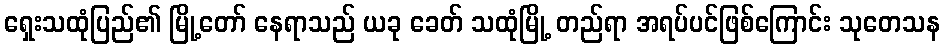
ရှေးသထုံပြည်၏ မြို့တော် နေရာသည် ယခု ခေတ် သထုံမြို့ တည်ရာ အရပ်ပင်ဖြစ်ကြောင်း သုတေသန